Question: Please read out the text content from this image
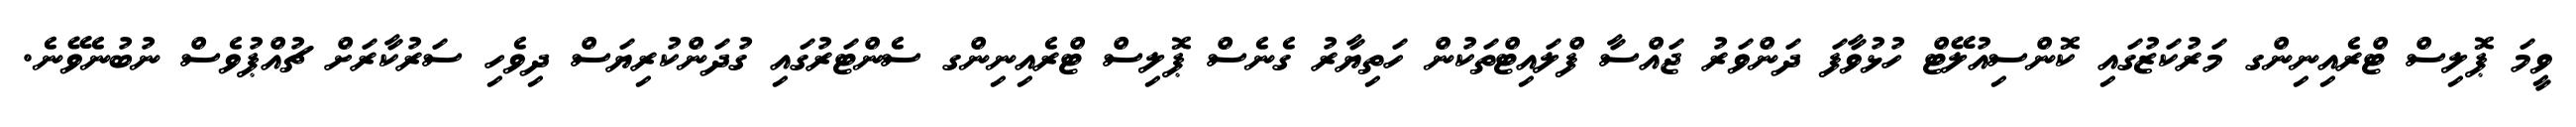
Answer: ވީމަ ޕޮލިސް ޓްރެއިނިންގ މަރުކަޒުގައި ކޮންސިއުލޭޓް ހުޅުވާފަ ދަންވަރު ޖައްސާ ފްލައިޓްތަކުން ހަތިޔާރު ގެނެސް ޕޮލިސް ޓްރެއިނިންގ ސެންޓަރުގައި ގުދަންކުރިޔަސް ދިވެހި ސަރުކާރަށް ޗުއްޕުވެސް ނުބުނެވޭނެ.